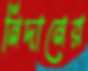
নিদানের